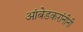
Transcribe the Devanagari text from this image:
आंबेडकरांनीनी